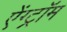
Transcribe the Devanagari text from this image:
ऐंग्ट्रॉम